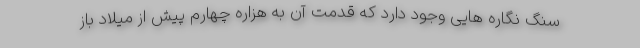
سنگ نگاره هایی وجود دارد که قدمت آن به هزاره چهارم پیش از میلاد باز